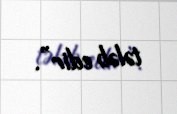
tələb edir”.